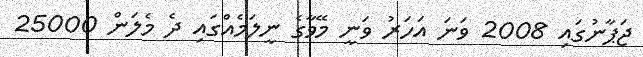
ޖަޕާނުގައި 2008 ވަނަ އަހަރު ވަނީ މޭވާގެ ނީލަމެއްގައި ދެ މެލަން 25000